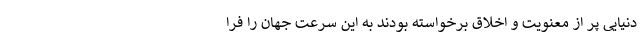
دنیایی پر از معنویت و اخلاق برخواسته بودند به این سرعت جهان را فرا